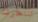
تنتظرك